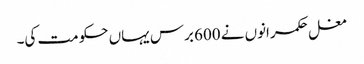
مغل حکمرانوں نے 600 برس یہاں حکومت کی۔